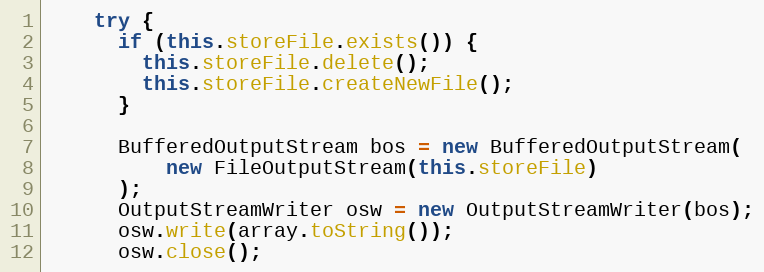
Language: Java
    try {
      if (this.storeFile.exists()) {
        this.storeFile.delete();
        this.storeFile.createNewFile();
      }

      BufferedOutputStream bos = new BufferedOutputStream(
          new FileOutputStream(this.storeFile)
      );
      OutputStreamWriter osw = new OutputStreamWriter(bos);
      osw.write(array.toString());
      osw.close();